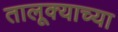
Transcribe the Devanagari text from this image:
तालूक्याच्या